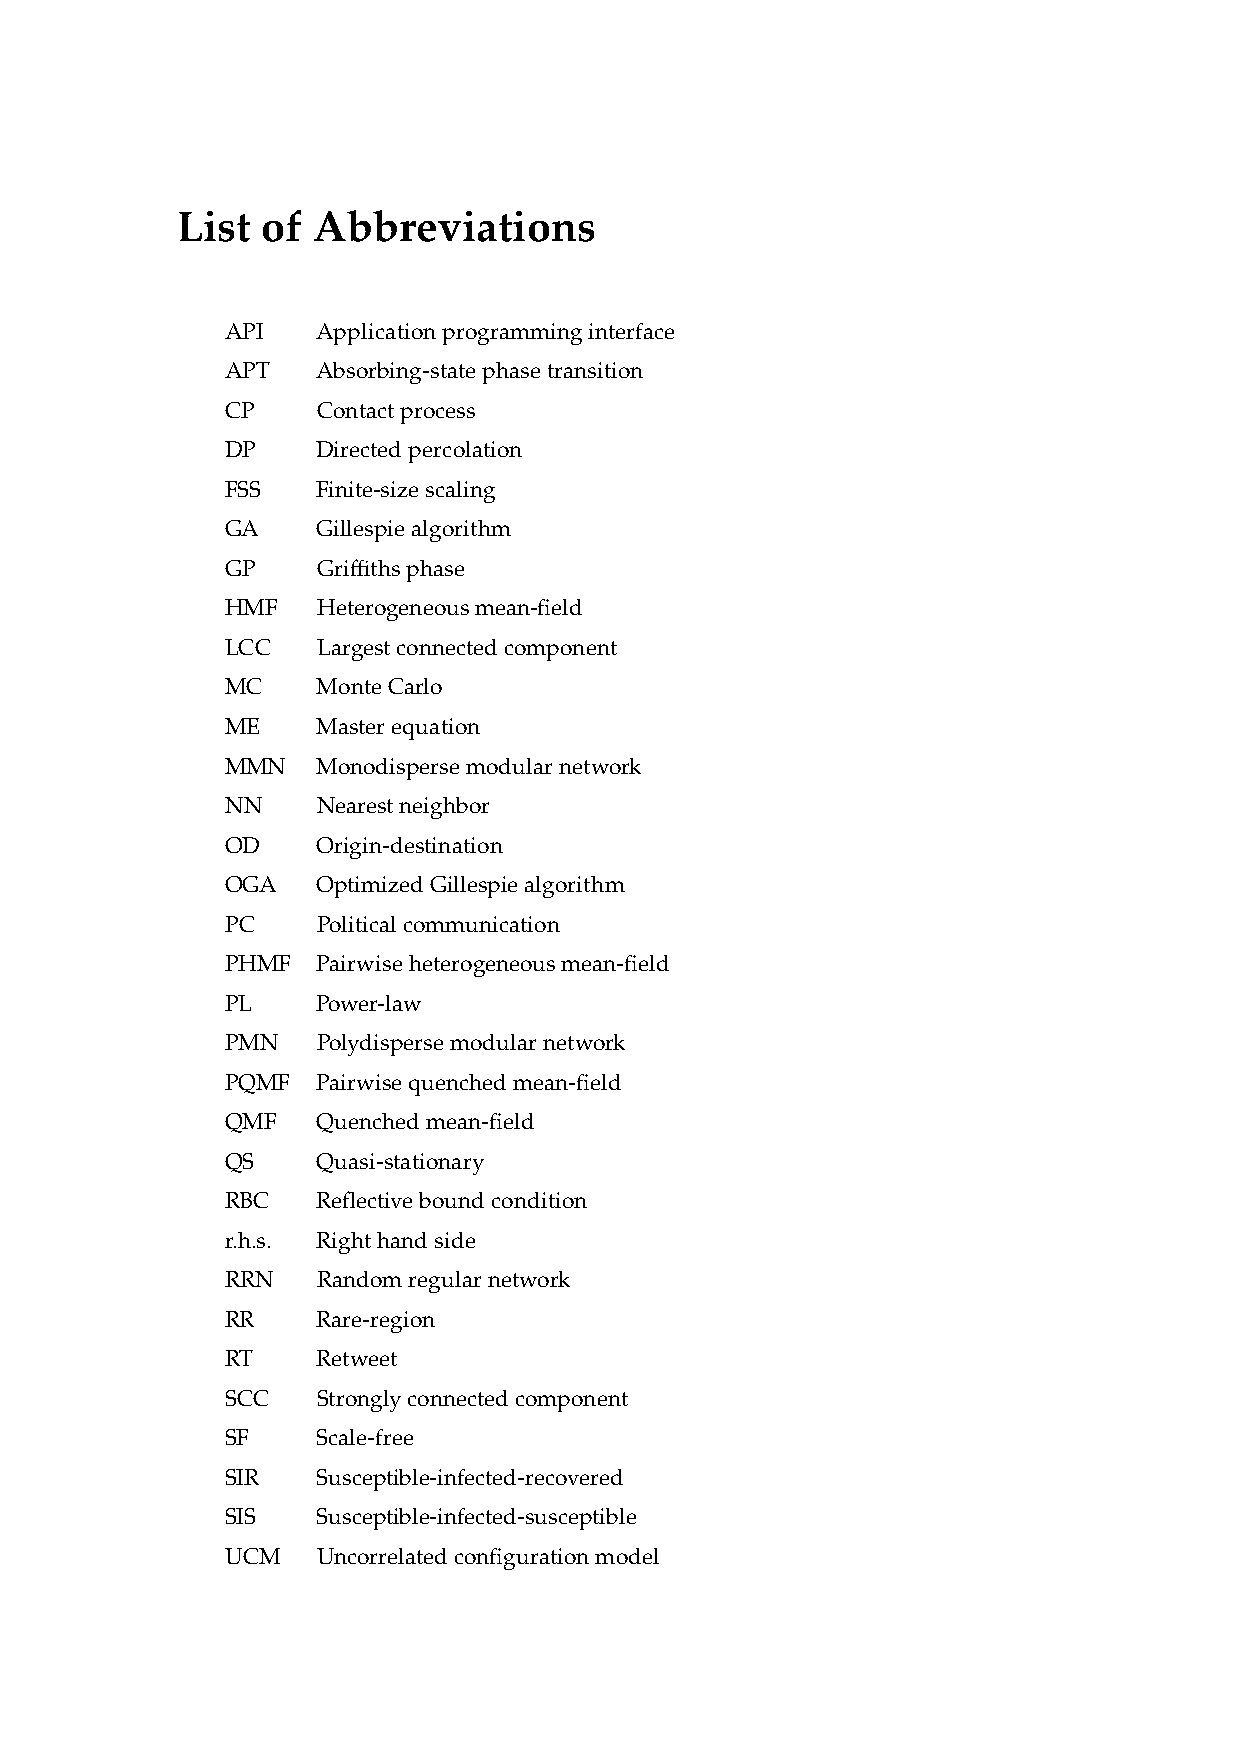
List of  Abbreviations
 API   Applicationprogramminginterface
 APT   Absorbing-statephasetransition
 CP    Contactprocess
 DP    Directedpercolation
 FSS   Finite-sizescaling
 GA    Gillespiealgorithm
 GP    Griffithsphase
 HMF   Heterogeneousmean-field
 LCC   Largestconnectedcomponent
 MC    MonteCarlo
 ME    Masterequation
 MMN   Monodispersemodularnetwork
 NN    Nearestneighbor
 OD    Origin-destination
 OGA   OptimizedGillespiealgorithm
 PC    Politicalcommunication
 PHMF  Pairwiseheterogeneousmean-field
 PL    Power-law
 PMN   Polydispersemodularnetwork
 PQMF  Pairwisequenchedmean-field
 QMF   Quenchedmean-field
 QS    Quasi-stationary
 RBC   Reflectiveboundcondition
 r.h.s. Righthandside
 RRN   Randomregularnetwork
 RR    Rare-region
 RT    Retweet
 SCC   Stronglyconnectedcomponent
 SF    Scale-free
 SIR   Susceptible-infected-recovered
 SIS   Susceptible-infected-susceptible
 UCM   Uncorrelatedconfigurationmodel